Civil Veterinary Dept. Assam report 1927-50 - 1927-1950
Year: 1927
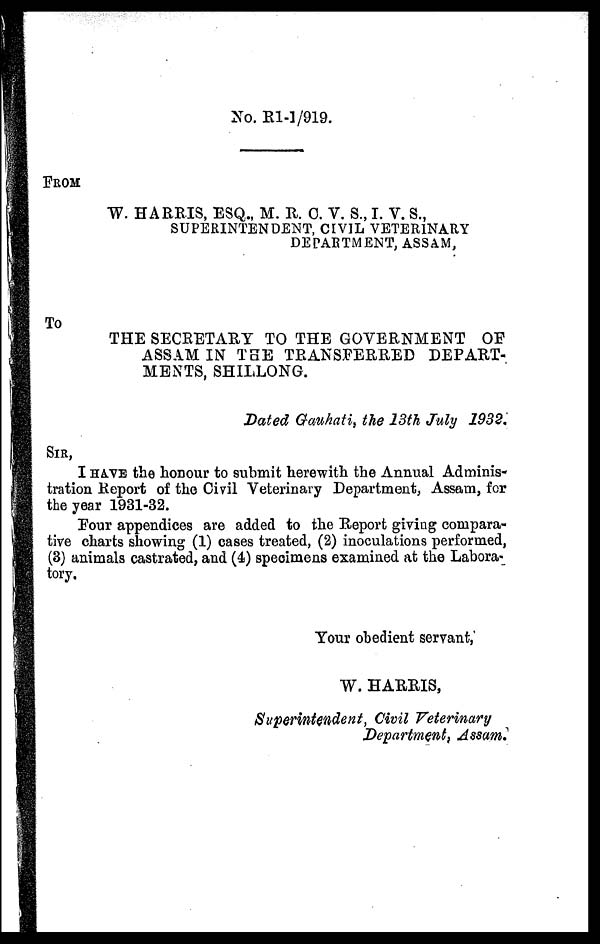
No. R1-1/919.
FROM
W. HARRIS, ESQ., M. R. C. V. S., I. V. S.,
SUPERINTENDENT, CIVIL VETERINARY
DEPARTMENT, ASSAM,
To
THE SECRETARY TO THE GOVERNMENT OF
ASSAM IN THE TRANSFERRED DEPART-
MENTS, SHILLONG.
Dated Gauhati, the 13th July 1932.
SIR,
I HAVE the honour to submit herewith the Annual Adminis-
tration Report of the Civil Veterinary Department, Assam, for
the year 1931-32.
Four appendices are added to the Report giving compara-
tive charts showing (1) cases treated, (2) inoculations performed,
(3) animals castrated, and (4) specimens examined at the Labora-
tory,
Your obedient servant,
W. HARRIS,
Superintendent, Civil Veterinary
Department, Assam.